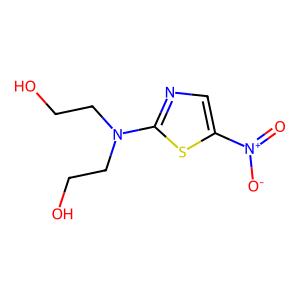
SMILES: O=[N+]([O-])c1cnc(N(CCO)CCO)s1
Inhibits HIV replication: No